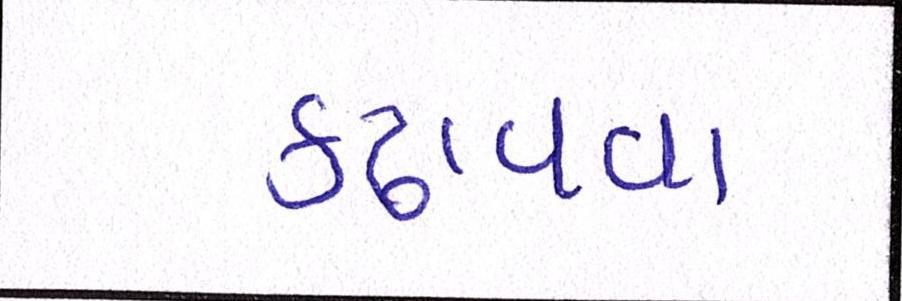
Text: કઢાવવા